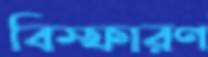
বিস্ফারণ